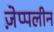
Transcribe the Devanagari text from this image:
ज़ेप्पलीन